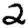
Digit: 2